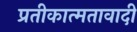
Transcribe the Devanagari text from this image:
प्रतीकात्मतावादी